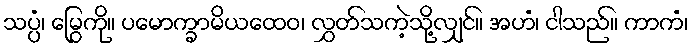
သပ္ပံ၊ မြွေကို။ ပမောက္ခာမိယထေဝ၊ လွှတ်သကဲ့သို့လျှင်။ အဟံ၊ ငါသည်။ ကာကံ၊